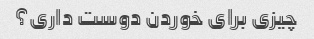
چیزی برای خوردن دوست داری؟